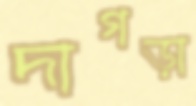
দাগড়া